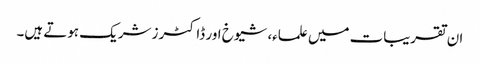
ان تقریبات میں علماء، شیوخ اور ڈاکٹرز شریک ہوتے ہیں۔